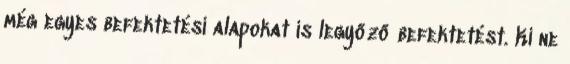
még egyes befektetési alapokat is legyőző befektetést. Ki ne